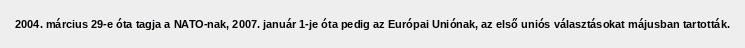
2004. március 29-e óta tagja a NATO-nak, 2007. január 1-je óta pedig az Európai Uniónak, az első uniós választásokat májusban tartották.